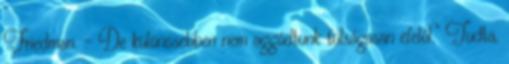
Friedman. – De különösebben nem aggódtunk túlságosan efelől.” Tudta,